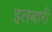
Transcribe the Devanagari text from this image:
इलबारी